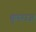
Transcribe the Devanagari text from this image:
गुणराज